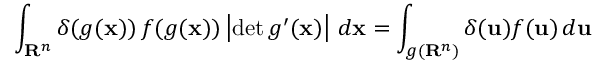
\int _ { \mathbf { R } ^ { n } } \delta ( g ( \mathbf { x } ) ) \, f ( g ( \mathbf { x } ) ) \left| \operatorname* { d e t } g ^ { \prime } ( \mathbf { x } ) \right| \, d \mathbf { x } = \int _ { g ( \mathbf { R } ^ { n } ) } \delta ( \mathbf { u } ) f ( \mathbf { u } ) \, d \mathbf { u }